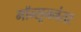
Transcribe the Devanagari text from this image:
मॉन्सूननंतर